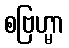
စဗြဟ္မာ